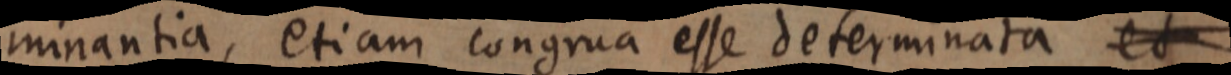
minantia, etiam congrua esse determinata et